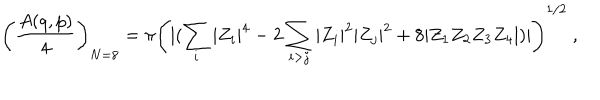
\left( { \frac { A ( q , p ) } { 4 } } \right) _ { N = 8 } = \pi \left( { | ( \sum _ { i } | Z _ { i } | ^ { 4 } - 2 \sum _ { i > j } | Z _ { i } | ^ { 2 } | Z _ { j } | ^ { 2 } + 8 | Z _ { 1 } Z _ { 2 } Z _ { 3 } Z _ { 4 } | } ) | \right) ^ { 1 / 2 } \ ,